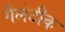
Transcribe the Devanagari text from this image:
गैलेटीक